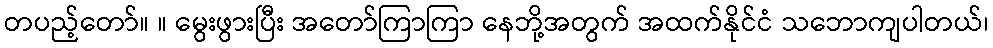
တပည့်တော်။ ။ မွေးဖွားပြီး အတော်ကြာကြာ နေဘို့အတွက် အထက်နိုင်ငံ သဘောကျပါတယ်၊